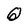
Character: O